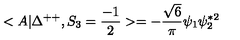
< A | \Delta ^ { + + } , S _ { 3 } = \frac { - 1 } { 2 } > = - \frac { \sqrt { 6 } } { \pi } \psi _ { 1 } \psi _ { 2 } ^ { * 2 }